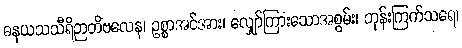
ဓနယသသီရိဉာတိဗလေန၊ ဥစ္စာအင်အား၊ လျှော်ကြားသောအစွမ်း၊ ဘုန်းကြက်သရေ၊